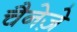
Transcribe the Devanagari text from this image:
चैनेज़े